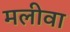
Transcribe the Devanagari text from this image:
मलीवा